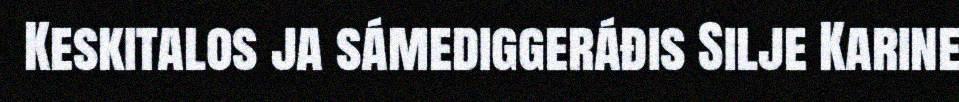
Keskitalos ja sámediggeráđis Silje Karine